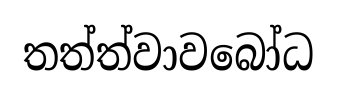
තත්ත්වාවබෝධ